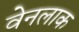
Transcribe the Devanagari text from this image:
वेनलाक